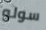
سولو